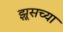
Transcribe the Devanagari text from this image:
झूसच्या